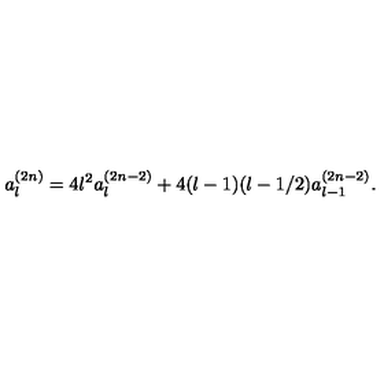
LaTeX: a _ { l } ^ { ( 2 n ) } = 4 l ^ { 2 } a _ { l } ^ { ( 2 n - 2 ) } + 4 ( l - 1 ) ( l - 1 / 2 ) a _ { l - 1 } ^ { ( 2 n - 2 ) } .